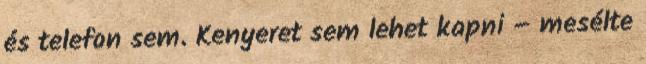
és telefon sem. Kenyeret sem lehet kapni – mesélte